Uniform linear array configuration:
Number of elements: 4
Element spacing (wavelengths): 1
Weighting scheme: hann
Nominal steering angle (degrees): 60
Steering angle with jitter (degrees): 58.332
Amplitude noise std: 0.05
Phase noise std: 0.05

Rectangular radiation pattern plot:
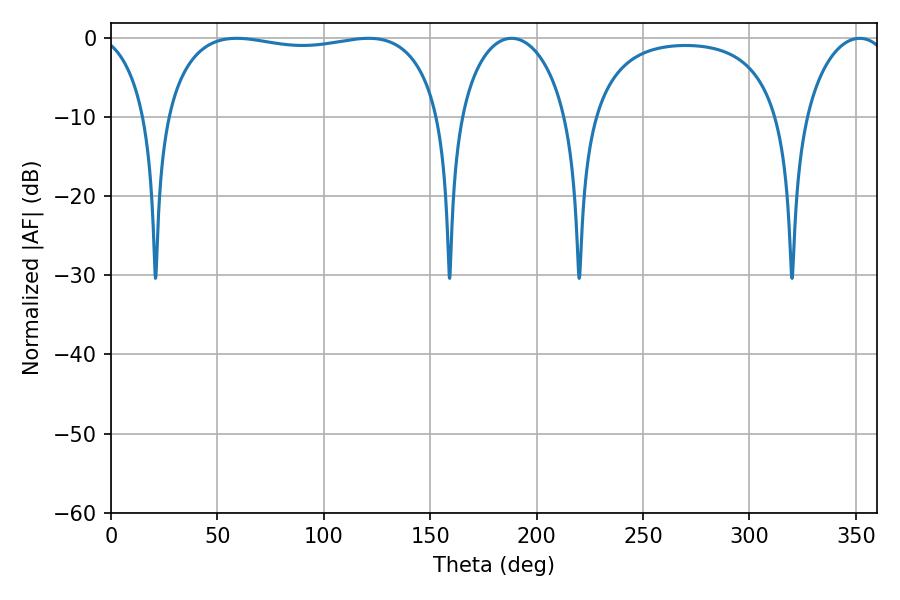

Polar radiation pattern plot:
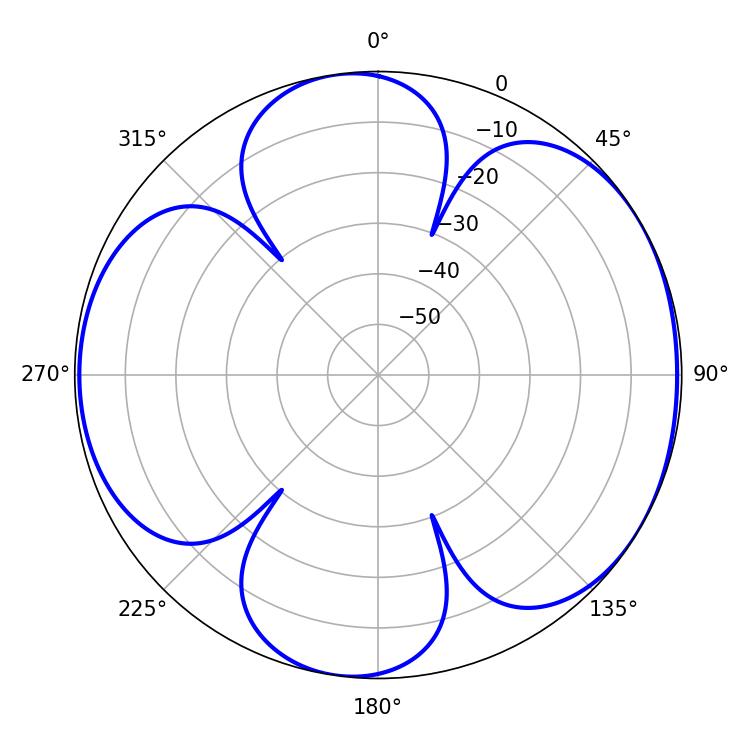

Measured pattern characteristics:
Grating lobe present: TRUE
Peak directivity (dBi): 5.84
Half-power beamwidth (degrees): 105.12
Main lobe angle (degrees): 59.04